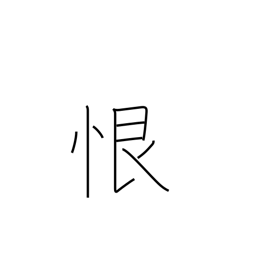
Meaning: malice